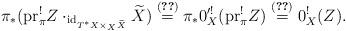
LaTeX: \begin{align*}\pi_\ast ({\rm pr}_\pi^!Z\cdot_{{\rm id}_{T^\ast X\times_X\widetilde X}}\widetilde X)\overset{\eqref{eq:refinedGysing02}}{=}\pi_\ast 0_{X}^{\prime!}({\rm pr}_{\pi}^! Z)\overset{\eqref{eq:saito:81}}{=}0^!_X(Z).\end{align*}